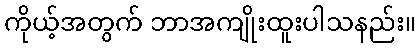
ကိုယ့်အတွက် ဘာအကျိုးထူးပါသနည်း။